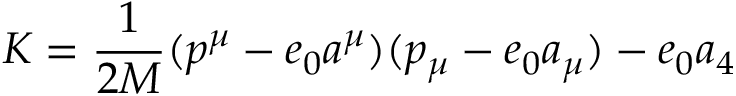
K = \frac { 1 } { 2 M } ( p ^ { \mu } - e _ { 0 } a ^ { \mu } ) ( p _ { \mu } - e _ { 0 } a _ { \mu } ) - e _ { 0 } a _ { 4 }